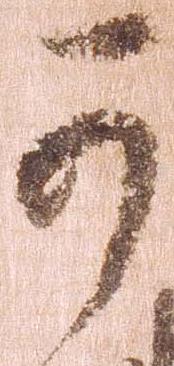
可